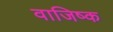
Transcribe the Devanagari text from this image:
वाजिष्क